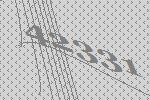
42331